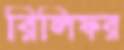
রিলিফর